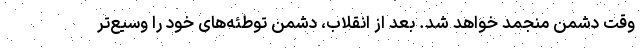
وقت دشمن منجمد خواهد شد. بعد از انقلاب، دشمن توطئه‌های خود را وسیع‌تر